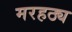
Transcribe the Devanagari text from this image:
मरहठ्य